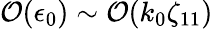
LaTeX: \mathcal{O}(\epsilon_{0})\sim\mathcal{O}(k_{0}\zeta_{11})